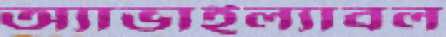
অ্যাভাইল্যাবল